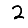
Digit: 2